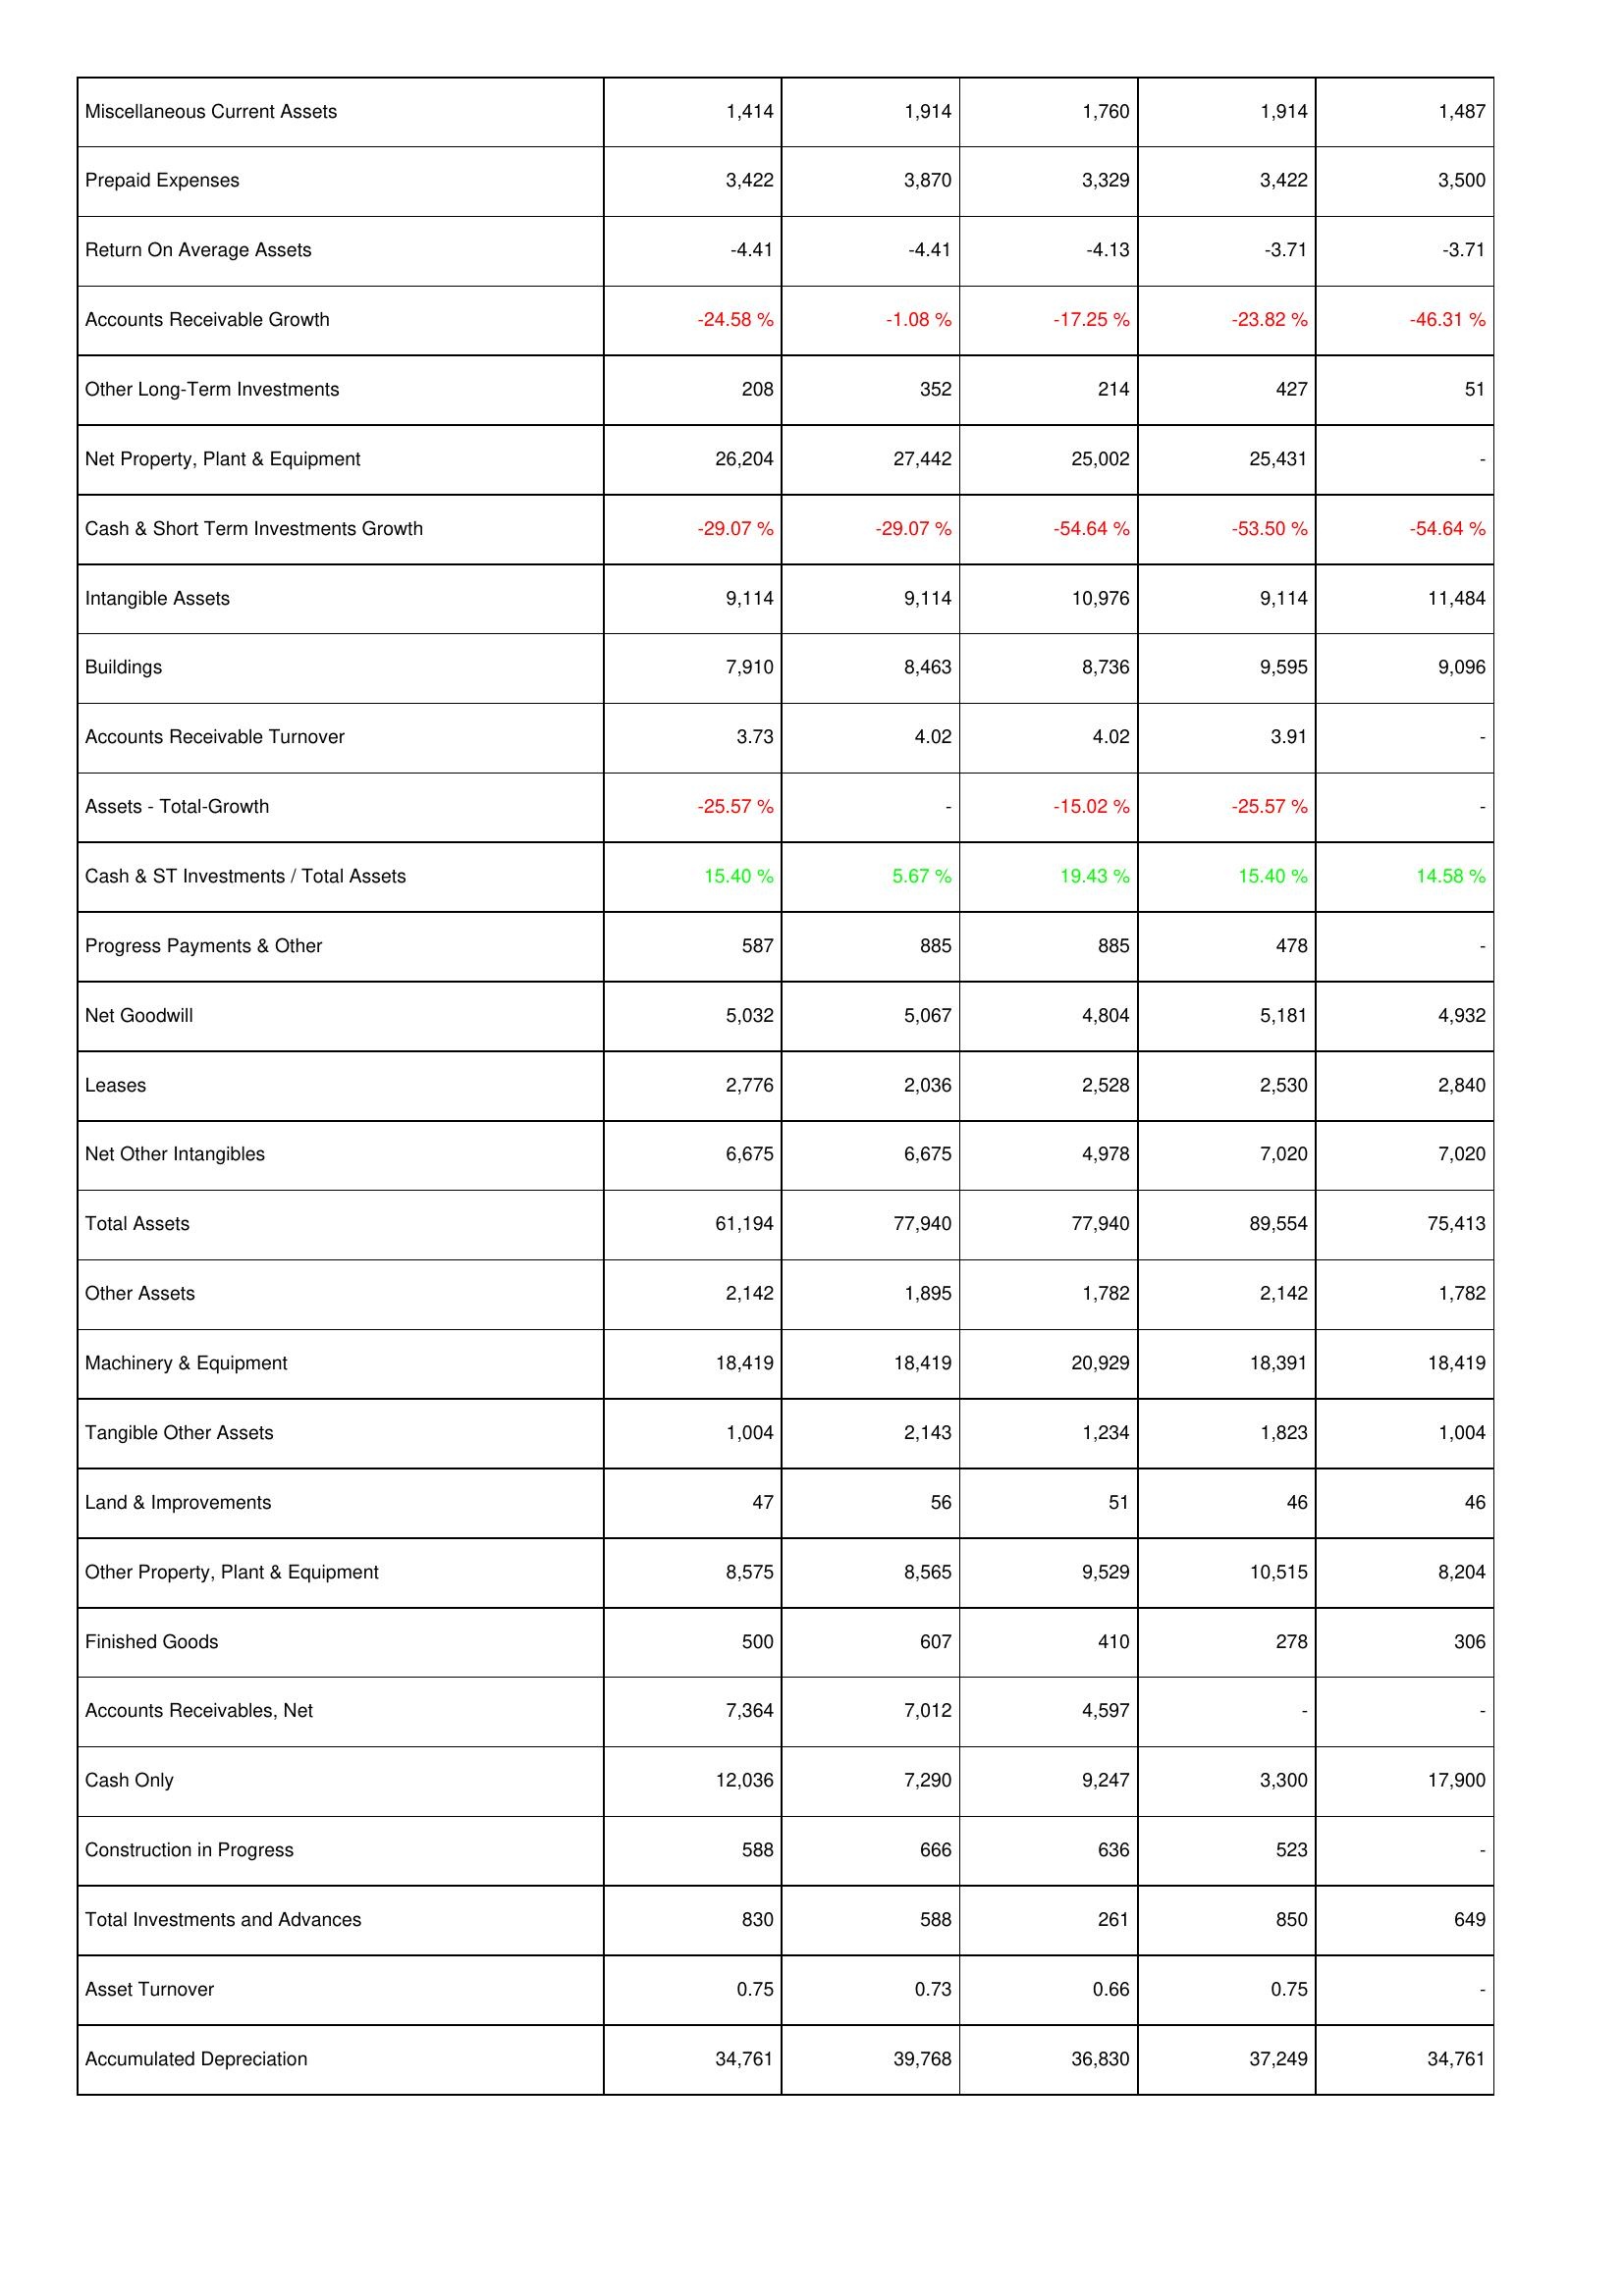
2006: Assets: Miscellaneous Current Assets: 1,414
Prepaid Expenses: 3,422
Return On Average Assets: -4.41
Accounts Receivable Growth: -24.58 %
Other Long-Term Investments: 208
Net Property, Plant & Equipment: 26,204
Cash & Short Term Investments Growth: -29.07 %
Intangible Assets: 9,114
Buildings: 7,910
Accounts Receivable Turnover: 3.73
Assets - Total-Growth: -25.57 %
Cash & ST Investments / Total Assets: 15.40 %
Progress Payments & Other: 587
Net Goodwill: 5,032
Leases: 2,776
Net Other Intangibles: 6,675
Total Assets: 61,194
Other Assets: 2,142
Machinery & Equipment: 18,419
Tangible Other Assets: 1,004
Land & Improvements: 47
Other Property, Plant & Equipment: 8,575
Finished Goods: 500
Accounts Receivables, Net: 7,364
Cash Only: 12,036
Construction in Progress: 588
Total Investments and Advances: 830
Asset Turnover: 0.75
Accumulated Depreciation: 34,761
2007: Assets: Miscellaneous Current Assets: 1,914
Prepaid Expenses: 3,870
Return On Average Assets: -4.41
Accounts Receivable Growth: -1.08 %
Other Long-Term Investments: 352
Net Property, Plant & Equipment: 27,442
Cash & Short Term Investments Growth: -29.07 %
Intangible Assets: 9,114
Buildings: 8,463
Accounts Receivable Turnover: 4.02
Assets - Total-Growth: -
Cash & ST Investments / Total Assets: 5.67 %
Progress Payments & Other: 885
Net Goodwill: 5,067
Leases: 2,036
Net Other Intangibles: 6,675
Total Assets: 77,940
Other Assets: 1,895
Machinery & Equipment: 18,419
Tangible Other Assets: 2,143
Land & Improvements: 56
Other Property, Plant & Equipment: 8,565
Finished Goods: 607
Accounts Receivables, Net: 7,012
Cash Only: 7,290
Construction in Progress: 666
Total Investments and Advances: 588
Asset Turnover: 0.73
Accumulated Depreciation: 39,768
2008: Assets: Miscellaneous Current Assets: 1,760
Prepaid Expenses: 3,329
Return On Average Assets: -4.13
Accounts Receivable Growth: -17.25 %
Other Long-Term Investments: 214
Net Property, Plant & Equipment: 25,002
Cash & Short Term Investments Growth: -54.64 %
Intangible Assets: 10,976
Buildings: 8,736
Accounts Receivable Turnover: 4.02
Assets - Total-Growth: -15.02 %
Cash & ST Investments / Total Assets: 19.43 %
Progress Payments & Other: 885
Net Goodwill: 4,804
Leases: 2,528
Net Other Intangibles: 4,978
Total Assets: 77,940
Other Assets: 1,782
Machinery & Equipment: 20,929
Tangible Other Assets: 1,234
Land & Improvements: 51
Other Property, Plant & Equipment: 9,529
Finished Goods: 410
Accounts Receivables, Net: 4,597
Cash Only: 9,247
Construction in Progress: 636
Total Investments and Advances: 261
Asset Turnover: 0.66
Accumulated Depreciation: 36,830
2009: Assets: Miscellaneous Current Assets: 1,914
Prepaid Expenses: 3,422
Return On Average Assets: -3.71
Accounts Receivable Growth: -23.82 %
Other Long-Term Investments: 427
Net Property, Plant & Equipment: 25,431
Cash & Short Term Investments Growth: -53.50 %
Intangible Assets: 9,114
Buildings: 9,595
Accounts Receivable Turnover: 3.91
Assets - Total-Growth: -25.57 %
Cash & ST Investments / Total Assets: 15.40 %
Progress Payments & Other: 478
Net Goodwill: 5,181
Leases: 2,530
Net Other Intangibles: 7,020
Total Assets: 89,554
Other Assets: 2,142
Machinery & Equipment: 18,391
Tangible Other Assets: 1,823
Land & Improvements: 46
Other Property, Plant & Equipment: 10,515
Finished Goods: 278
Accounts Receivables, Net: -
Cash Only: 3,300
Construction in Progress: 523
Total Investments and Advances: 850
Asset Turnover: 0.75
Accumulated Depreciation: 37,249
2010: Assets: Miscellaneous Current Assets: 1,487
Prepaid Expenses: 3,500
Return On Average Assets: -3.71
Accounts Receivable Growth: -46.31 %
Other Long-Term Investments: 51
Net Property, Plant & Equipment: -
Cash & Short Term Investments Growth: -54.64 %
Intangible Assets: 11,484
Buildings: 9,096
Accounts Receivable Turnover: -
Assets - Total-Growth: -
Cash & ST Investments / Total Assets: 14.58 %
Progress Payments & Other: -
Net Goodwill: 4,932
Leases: 2,840
Net Other Intangibles: 7,020
Total Assets: 75,413
Other Assets: 1,782
Machinery & Equipment: 18,419
Tangible Other Assets: 1,004
Land & Improvements: 46
Other Property, Plant & Equipment: 8,204
Finished Goods: 306
Accounts Receivables, Net: -
Cash Only: 17,900
Construction in Progress: -
Total Investments and Advances: 649
Asset Turnover: -
Accumulated Depreciation: 34,761